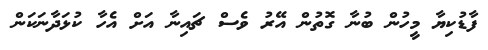
ފާޑުކިޔާ މީހުން ބުނާ ގޮތުން އޭރު ވެސް ޗައިނާ އަށް އެހާ ކުޅަދާނަކަން